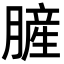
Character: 䐮